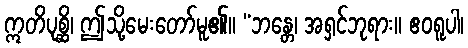
ဣတိပုစ္ဆိ၊ ဤသို့မေးတော်မူ၏။ “ဘန္တေ၊ အရှင်ဘုရား။ ဧဝရူပါ၊